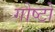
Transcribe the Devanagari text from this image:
गोष्टो